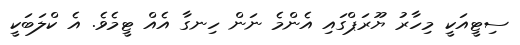
ސިޓީއަކީ މިހާރު ޔޫރަޕްގައި އެންމެ ނަން ހިނގާ އެއް ޓީމެވެ. އެ ކްލަބަކީ